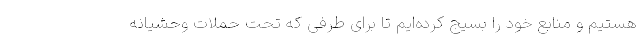
هستیم و منابع خود را بسیج کرده‌ایم تا برای طرفی که تحت حملات وحشیانه